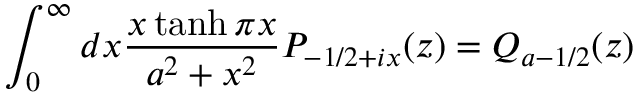
\int _ { 0 } ^ { \infty } d x \frac { x \operatorname { t a n h } \pi x } { a ^ { 2 } + x ^ { 2 } } P _ { - 1 / 2 + i x } ( z ) = Q _ { a - 1 / 2 } ( z )